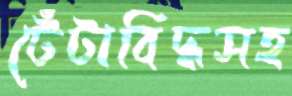
টেঁটাবিদ্ধসহ